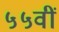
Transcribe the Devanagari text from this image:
५५वीं